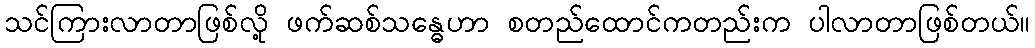
သင်ကြားလာတာဖြစ်လို့ ဖက်ဆစ်သန္ဓေဟာ စတည်ထောင်ကတည်းက ပါလာတာဖြစ်တယ်။